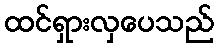
ထင်ရှားလှပေသည်